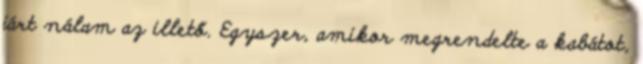
járt nálam az illető. Egyszer, amikor megrendelte a kabátot,